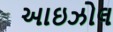
આઇઝોલ